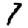
Digit: 7